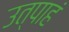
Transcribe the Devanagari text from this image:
उत्पाहं